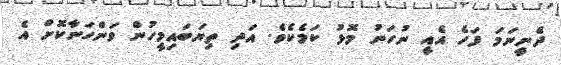
ދެނީނަމަ ފަހެ އެއީ ނުހަނު މޮޅު ކަމެކެވެ. އަދި ތިޔަބައިމީހުން ވަންހަނާކޮށް އެ